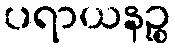
ပရာယနဉ္စ